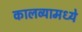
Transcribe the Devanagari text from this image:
कालव्यामध्ये